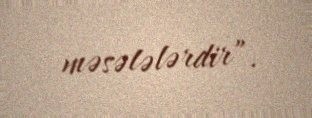
məsələlərdir”.